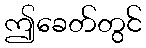
ဤခေတ်တွင်